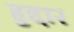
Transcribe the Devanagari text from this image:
हुद्दार